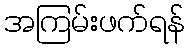
အကြမ်းဖက်ရန်